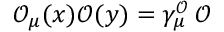
\mathcal { O } _ { \mu } ( x ) \mathcal { O } ( y ) = \gamma _ { \mu } ^ { \mathcal { O } } \, \mathcal { O }